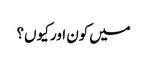
میں کون اور کیو ں؟